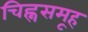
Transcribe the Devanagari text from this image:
चिह्नसमूह